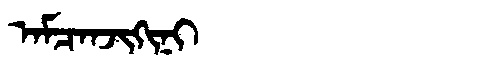
Manchu: ᠠᠮᠴᠠᠨᠵᡳᡴᡳᠨᡳ
Romanization: AMCANJIKINI